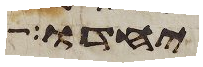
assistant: יחדו